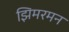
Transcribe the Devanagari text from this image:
झिमरमन